38_143685_box7_Incident_Summaries_1-100
Agency: Department of War
Page 126
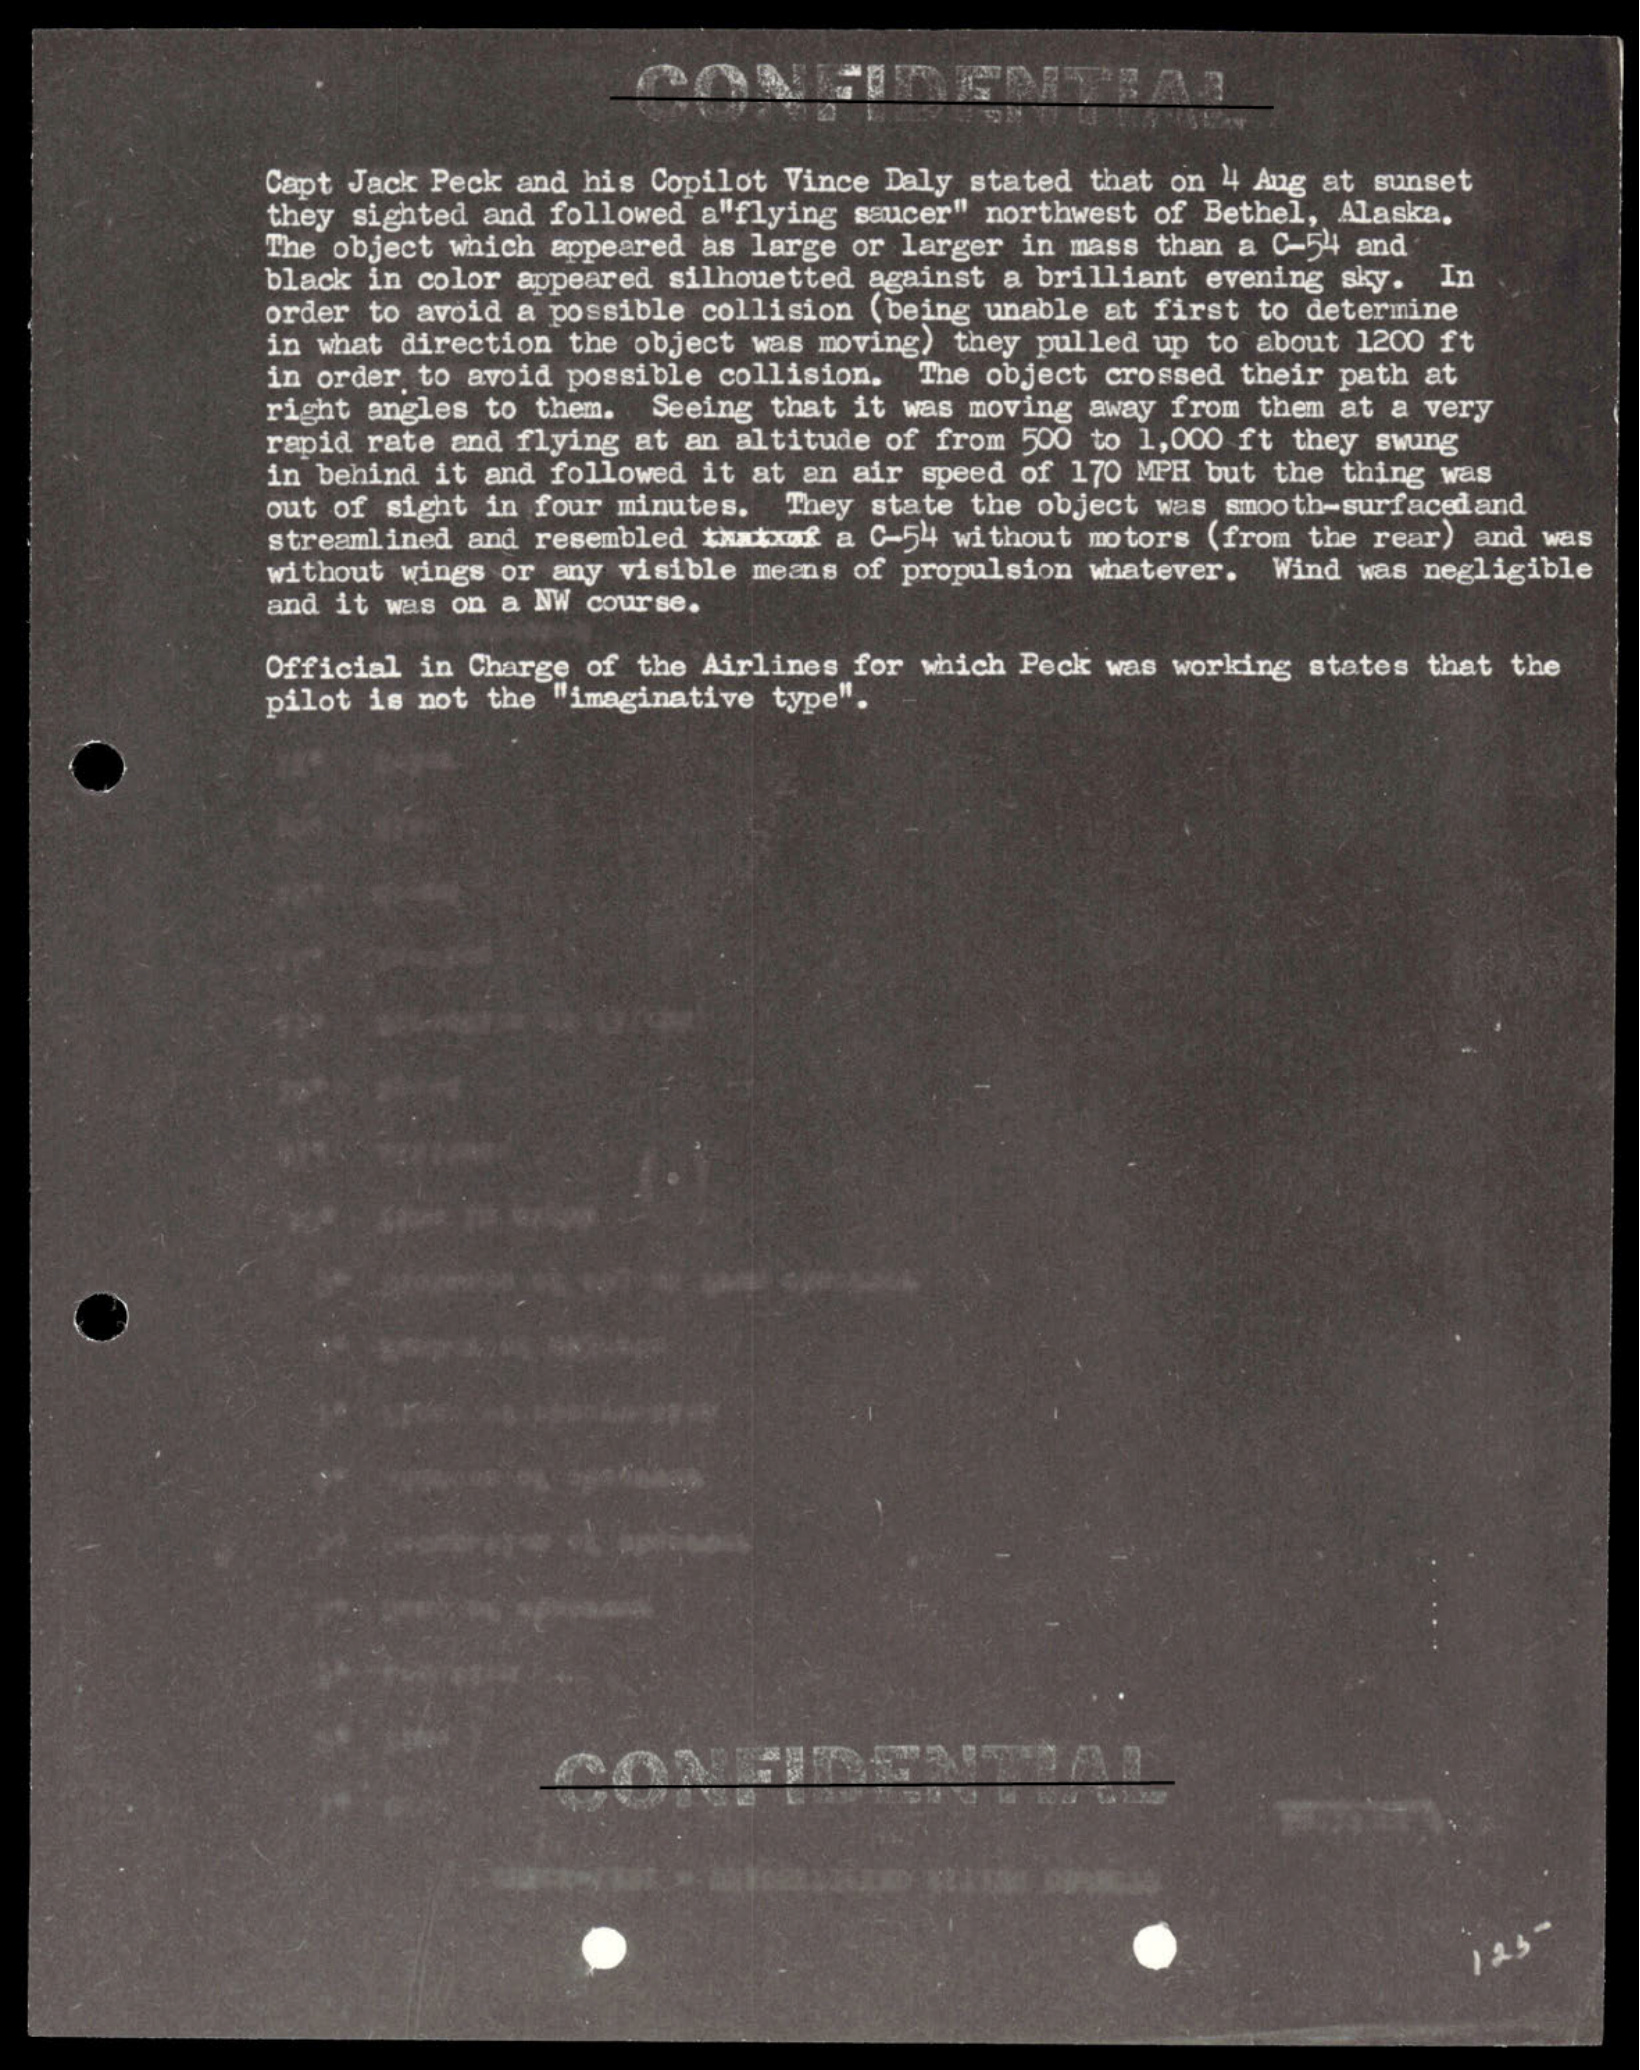